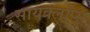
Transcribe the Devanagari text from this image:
सायक्लॉप्स